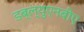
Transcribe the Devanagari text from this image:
डब्ल्युएनबीए